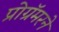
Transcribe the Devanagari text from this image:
प्रोग्रॅमरने